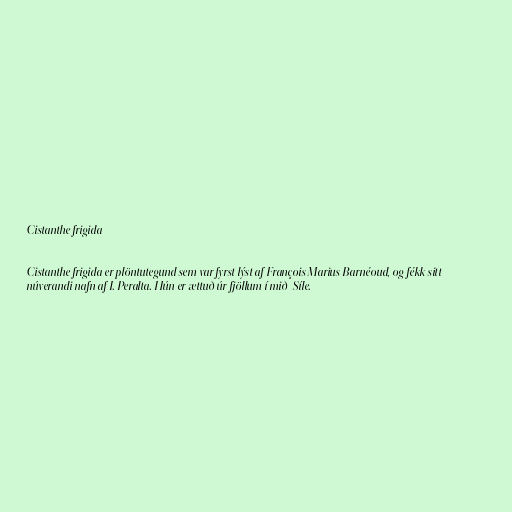
Cistanthe frigida

Cistanthe frigida er plöntutegund sem var fyrst lýst af François Marius Barnéoud, og fékk sitt
núverandi nafn af I. Peralta. Hún er ættuð úr fjöllum í mið-Síle.